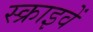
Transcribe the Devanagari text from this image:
स्क्राइवें